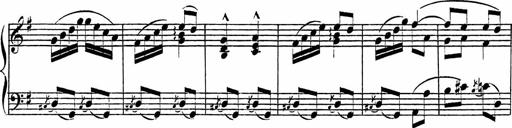
Title: Piano Sonatinas
Composer: Charles Fradel